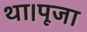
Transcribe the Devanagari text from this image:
था।पूजा